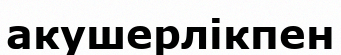
акушерлікпен